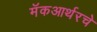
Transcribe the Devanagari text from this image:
मॅकआर्थरचे